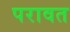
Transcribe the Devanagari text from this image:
परावत